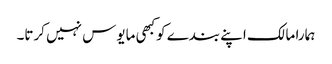
ہمارا مالک اپنے بندے کوکبھی مایوس نہیں کرتا۔